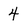
Character: 4